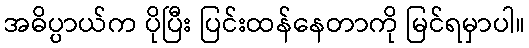
အဓိပ္ပာယ်က ပိုပြီး ပြင်းထန်နေတာကို မြင်ရမှာပါ။